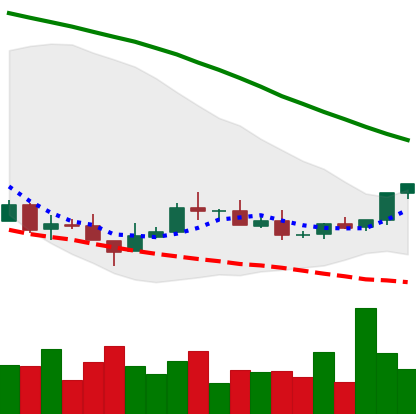
Ticker: XMR-USD
Chart end date: 2018-08-28
Forward return: 12.065%
Label: up_7plus